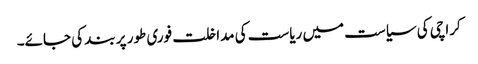
کراچی کی سیاست میں ریاست کی مداخلت فوری طور پر بند کی جائے۔